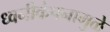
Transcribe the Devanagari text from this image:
ध्वनीकंपनामुळे